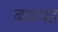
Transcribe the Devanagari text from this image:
बादयह